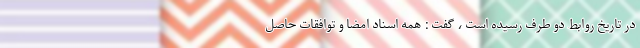
در تاریخ روابط دو طرف رسیده است ، گفت : همه اسناد امضا و توافقات حاصل